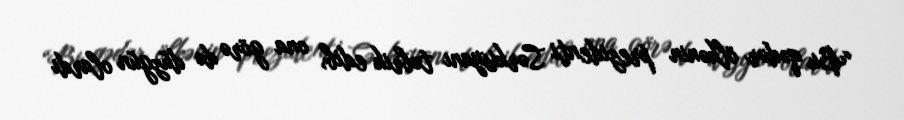
“Bu qədər ölkənin prezidenti Sərkisyanı təbrik edib, ona görə də düzgün olardı